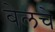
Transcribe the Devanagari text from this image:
बेलचे